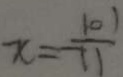
x = - \frac { 1 0 1 } { 1 1 }